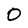
Character: 0